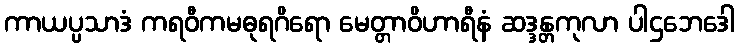
ကာယပ္ပသာဒံ ကရဝီကမဓုရဂိရော မေတ္တာဝိဟာရီနံ ဆဒ္ဒန္တကုလာ ပါဌဘေဒေါ